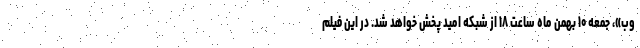
وب»، جمعه ۱۰ بهمن ماه ساعت ۱۸ از شبکه امید پخش خواهد شد. در این فیلم